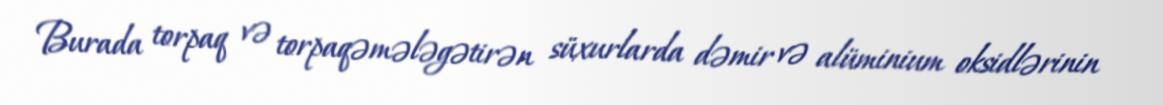
Burada torpaq və torpaqəmələgətirən süxurlarda dəmir və alüminium oksidlərinin